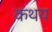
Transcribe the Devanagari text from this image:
कथय